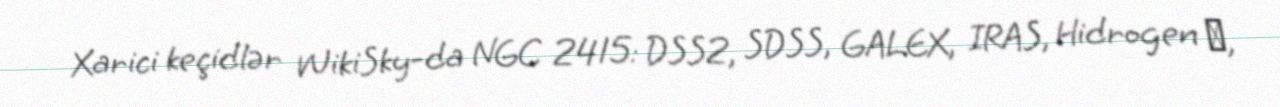
Xarici keçidlər WikiSky-da NGC 2415: DSS2, SDSS, GALEX, IRAS, Hidrogen α,